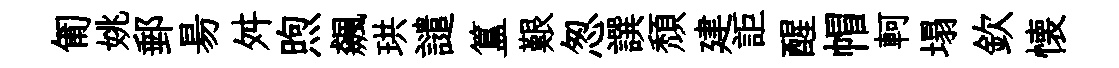
匍姚郵昜舛煦飆珙譴簋艱怱譔頽建詎醒帽軻塌欽懐